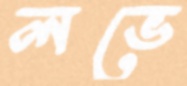
লভে